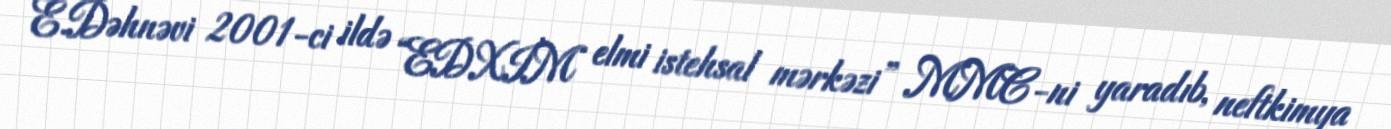
E.Dəhnəvi 2001-ci ildə “EDXİM elmi istehsal mərkəzi” MMC-ni yaradıb, neftkimya